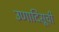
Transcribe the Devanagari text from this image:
उणादिसूची